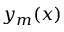
y _ { m } ( x )